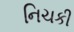
નિચકી